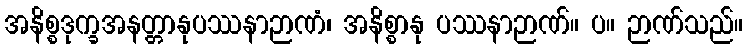
အနိစ္စဒုက္ခအနတ္တာနုပဿနာဉာဏံ၊ အနိစ္စာနု ပဿနာဉာဏ်။ ပ။ ဉာဏ်သည်။